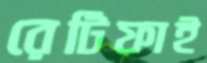
রেটিফাই